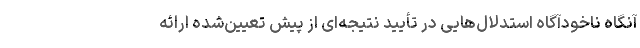
آنگاه ناخودآگاه استدلال‌هایی در تأیید نتیجه‌ای از پیش تعیین‌شده ارائه